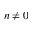
n \neq 0